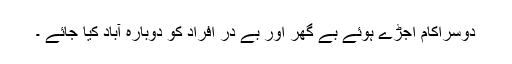
دوسراکام اجڑے ہوئے بے گھر اور بے در افراد کو دوبارہ آباد کیا جائے ۔